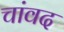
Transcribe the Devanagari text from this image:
चांवद